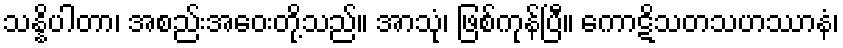
သန္နိပါတာ၊ အစည်းအဝေးတို့သည်။ အာသုံ၊ ဖြစ်ကုန်ပြီ။ ကောဋိသတသဟဿာနံ၊